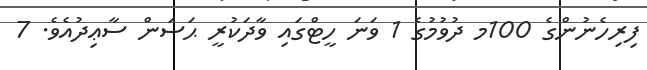
ފިރިހެނުންގެ 100މ ދުވުމުގެ 1 ވަނަ ހީޓްގައި ވާދަކުރީ ޙަސަން ސާޢިދުއެވެ. 7